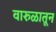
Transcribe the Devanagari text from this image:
वारुळातून